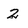
Character: 2